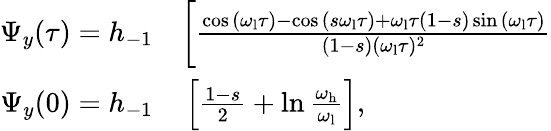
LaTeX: \begin{array}{rl}{\Psi_{y}(\tau)=h_{-1}}&{{}\bigg[\frac{\cos{(\omega_{\mathrm{l}}\tau)}-\cos{(s\omega_{\mathrm{l}}\tau)}+\omega_{\mathrm{l}}\tau(1-s)\sin{(\omega_{\mathrm{l}}\tau})}{(1-s)(\omega_{\mathrm{l}}\tau)^{2}}}\\ {\Psi_{y}(0)=h_{-1}}&{{}\left[\frac{1-s}{2}+\ln{\frac{\omega_{\mathrm{h}}}{\omega_{\mathrm{l}}}}\right],}\end{array}